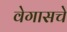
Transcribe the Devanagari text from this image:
वेगासचे